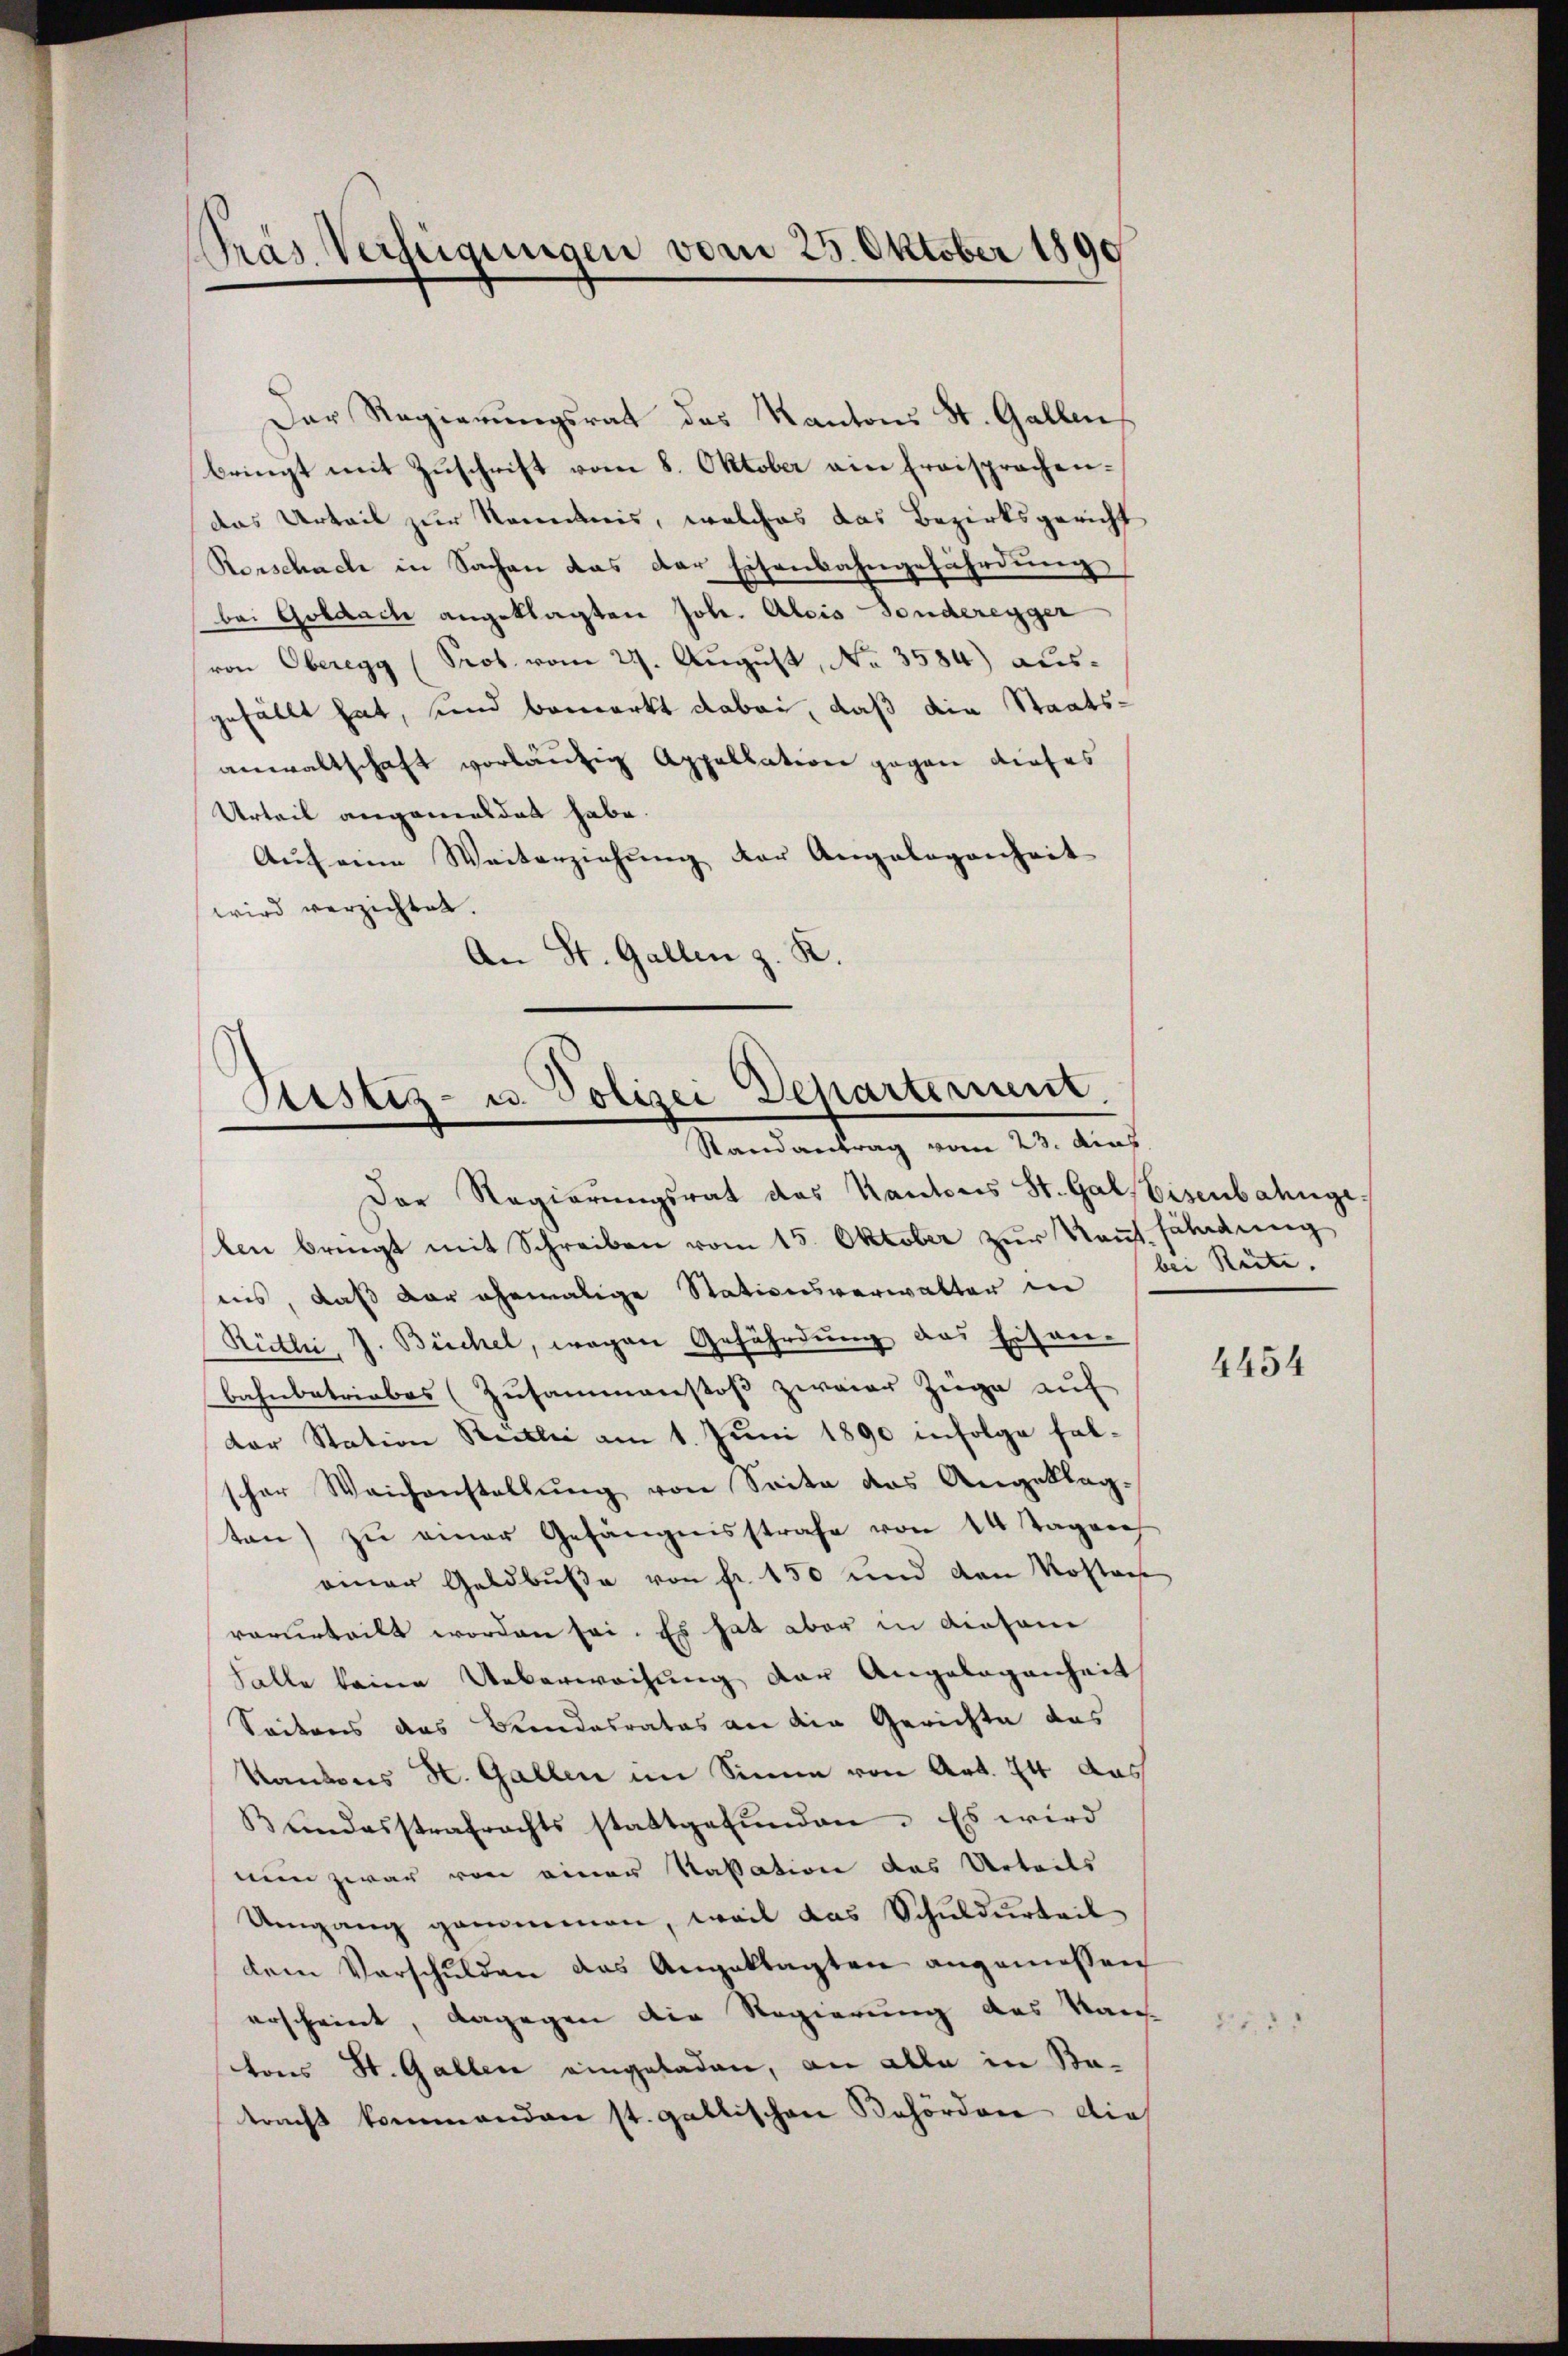
Pras Verfügungen vom 25. Oktober 1890

Der Regierungsrat das Kantons St. Gallen,
bringt mit Zuschrift vom 8. Oktober ain fraisprachendas Urteil zur Kenntnis, welches das Bezirksgericht
Rorschach in Sachen das der Eisenbahngefährdung
bei Goldach angeklagten Joh. Alois Sonderegger
von Oberegg (Prob. vom 27. August, No 3584) ausgefällt hat, und bemerkt dabei, daß die Staats-
anwaltschaft vorläufig Appellation gegen dieses
Urteil angemeldet habe.
Aŭf eine Weiterziehung der Angelegenheit
wird verzichtet.
An St. Gallen z. R.

Sistiz- u. Polizei Departernent.
Randantrag vom 23. dies

Der Regierŭngsrat des Kantons St. Gal, Eisenbahnge
len bringt mit Schreiben vom 15. Oktober zur Kauf. Fäladung
ais, daß der ehemalige Stationsverwalter in
Rütli, J. Büchel, wegen Gefährdung des Eisen-
bahnbetriebes (Zusammenstoß zweier Züge auf
dar Station Reitli am 1. Juni 1890 infolge falscher Weichenstellŭng von Seite das Angeklagten) zu einer Gefängnisstrafe von 14 Tageneh
einer Geldbuße von fr. 150 und den Kosten
vorurteilt worden sei. Es hat aber in diesem
Falle keine Ueberwachung der Angelegenheit
Seitens das Beendesrates an die Gerichte das
Kantons St. Gallen im Sinne von Art. 24 das
Bŭndesstrafrechts stattgefŭnden. Es wird
nun zwar von einer Kassation das Urteils
Umgang genommen, weil das Schuldurteil
dem Verschulden das Angeklagten angemessen
erscheint, dagegen die Regierung des Kan-
tons St. Gallen eingeladen, an alle in Betracht kommenden st. gallischen Behörden dies

bei Rüte.

4454